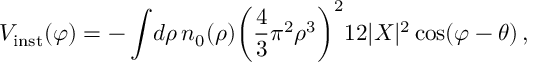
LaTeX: V _ { \mathrm { i n s t } } ( \varphi ) = - \int \! d \rho \, n _ { 0 } ( \rho ) \biggl ( { \frac { 4 } { 3 } } \pi ^ { 2 } \rho ^ { 3 } \biggr ) ^ { 2 } 1 2 | X | ^ { 2 } \cos ( \varphi - \theta ) \, ,